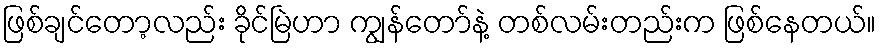
ဖြစ်ချင်တော့လည်း ခိုင်မြဲဟာ ကျွန်တော်နဲ့ တစ်လမ်းတည်းက ဖြစ်နေတယ်။